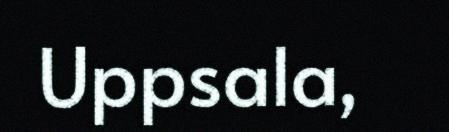
Uppsala,